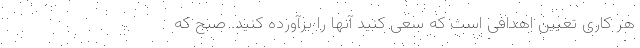
هر کاری تعیین اهدافی است که سعی کنید آنها را برآورده کنید. صبح که